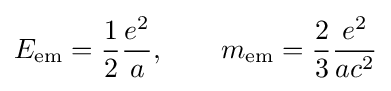
E_{\mathrm {em} }={\frac {1}{2}}{\frac {e^{2}}{a}},\qquad m_{\mathrm {em} }={\frac {2}{3}}{\frac {e^{2}}{ac^{2}}}